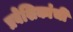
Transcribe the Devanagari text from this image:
प्रवेशिकांची